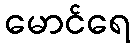
မောင်ရေ